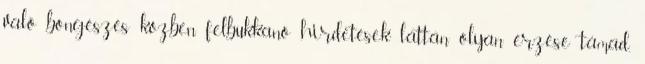
való böngészés közben felbukkanó hirdetések láttán olyan érzése támad,